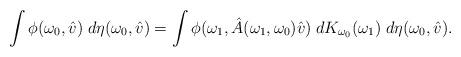
LaTeX: \begin{align*}\int \phi(\omega_0,\hat{v})\; d\eta(\omega_0,\hat{v}) &= \int \phi(\omega_1,\hat{A}(\omega_1,\omega_0)\hat{v})\; dK_{\omega_0}(\omega_1) \; d\eta(\omega_0,\hat{v}).\end{align*}